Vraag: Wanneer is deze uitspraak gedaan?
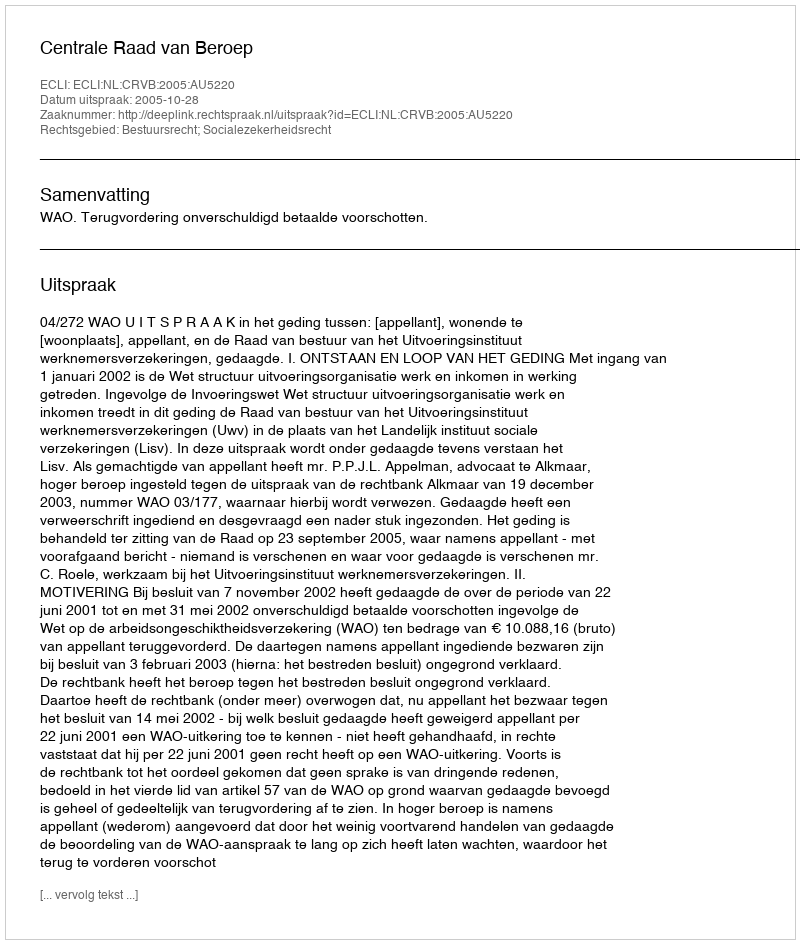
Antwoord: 2005-10-28